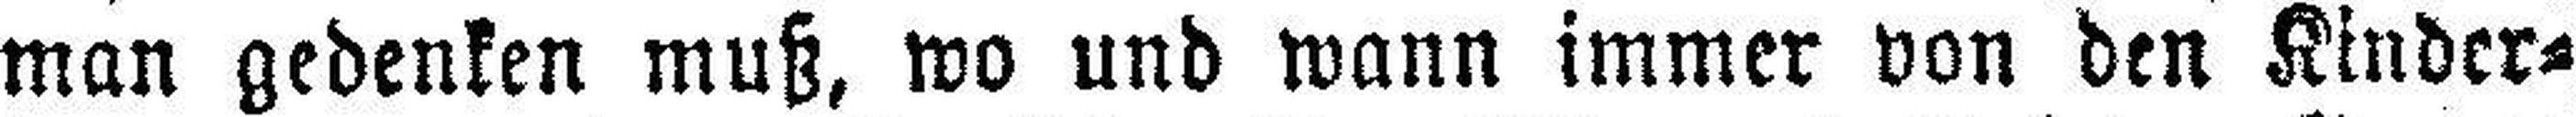
man gedenken muß, wo und wann immer von den Kinder¬